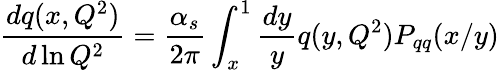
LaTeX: \frac{dq(x,Q^{2})}{d\ln Q^{2}}=\frac{\alpha_{s}}{2\pi}\int_{x}^{1}\frac{dy}{y}q(y,Q^{2})P_{qq}(x/y)